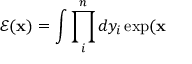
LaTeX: \mathcal { E } ( \mathbf { x } ) = \int \prod _ { i } ^ { n } d y _ { i } \exp ( \mathbf { x }